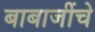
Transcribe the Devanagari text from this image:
बाबाजींचे